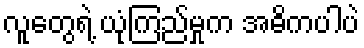
လူတွေရဲ့ ယုံကြည်မှုက အဓိကပါပဲ